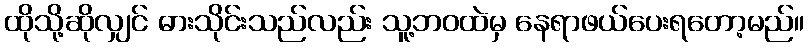
ထိုသို့ဆိုလျှင် ဓားသိုင်းသည်လည်း သူ့ဘဝထဲမှ နေရာဖယ်ပေးရတော့မည်။